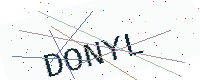
Text: DONYL